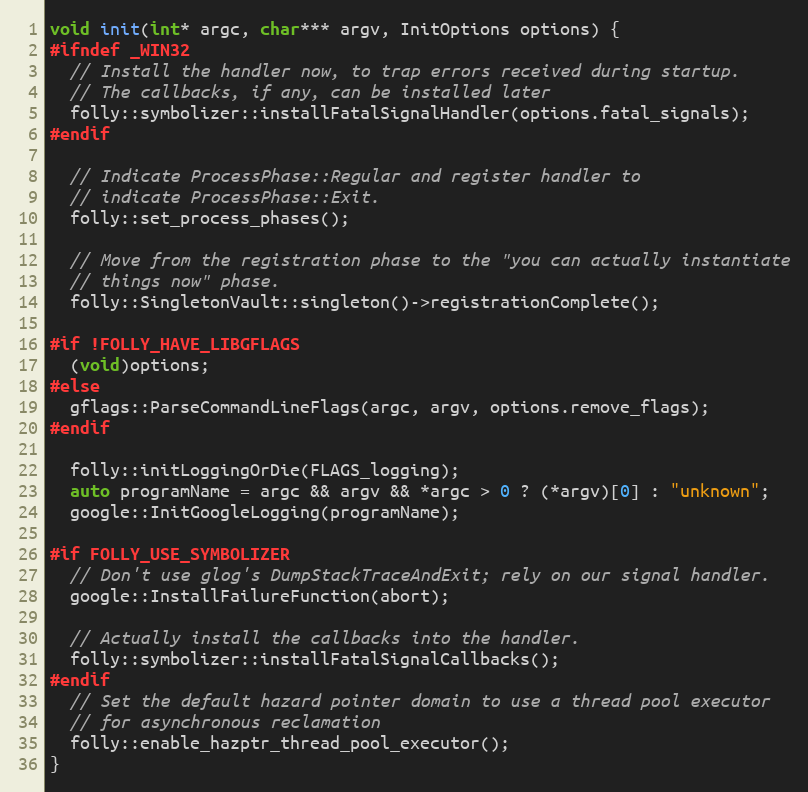
Language: C++
void init(int* argc, char*** argv, InitOptions options) {
#ifndef _WIN32
  // Install the handler now, to trap errors received during startup.
  // The callbacks, if any, can be installed later
  folly::symbolizer::installFatalSignalHandler(options.fatal_signals);
#endif

  // Indicate ProcessPhase::Regular and register handler to
  // indicate ProcessPhase::Exit.
  folly::set_process_phases();

  // Move from the registration phase to the "you can actually instantiate
  // things now" phase.
  folly::SingletonVault::singleton()->registrationComplete();

#if !FOLLY_HAVE_LIBGFLAGS
  (void)options;
#else
  gflags::ParseCommandLineFlags(argc, argv, options.remove_flags);
#endif

  folly::initLoggingOrDie(FLAGS_logging);
  auto programName = argc && argv && *argc > 0 ? (*argv)[0] : "unknown";
  google::InitGoogleLogging(programName);

#if FOLLY_USE_SYMBOLIZER
  // Don't use glog's DumpStackTraceAndExit; rely on our signal handler.
  google::InstallFailureFunction(abort);

  // Actually install the callbacks into the handler.
  folly::symbolizer::installFatalSignalCallbacks();
#endif
  // Set the default hazard pointer domain to use a thread pool executor
  // for asynchronous reclamation
  folly::enable_hazptr_thread_pool_executor();
}